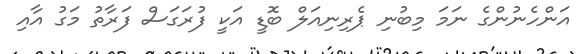
އަންހެނުންގެ ނަމަ މިބުނި ޕެރިނިއަލް ބޮޑީ އަކީ ފުރަގަސް ފަރާތު މަގު އާއި